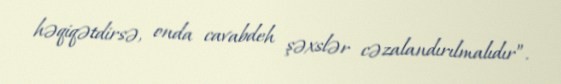
həqiqətdirsə, onda cavabdeh şəxslər cəzalandırılmalıdır”.